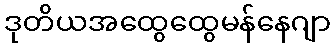
ဒုတိယအထွေထွေမန်နေဂျာ